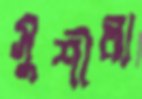
সুশীলা